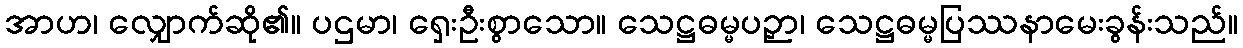
အာဟ၊ လျှောက်ဆို၏။ ပဌမာ၊ ရှေးဦးစွာသော။ သေဋ္ဌဓမ္မပဉှာ၊ သေဋ္ဌဓမ္မပြဿနာမေးခွန်းသည်။